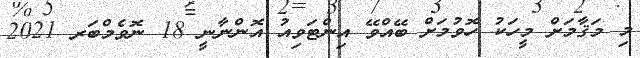
މި މަޤާމަށް މީހަކު ހޮވުމަށް ބޭއްވޭ އިންޓަވިއު އޮންނާނީ 18 ނޮވެމްބަރ 2021